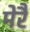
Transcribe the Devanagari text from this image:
मेरै